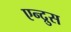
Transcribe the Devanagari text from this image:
एन्द्रुस